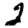
Digit: 2